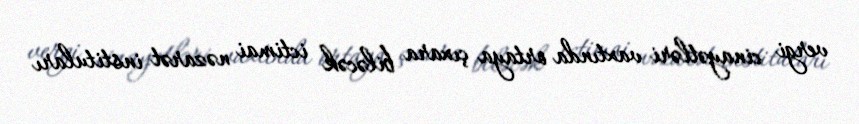
vergi cinayətləri vaxtında ortaya çıxara biləcək ictimai nəzarət instituları